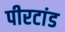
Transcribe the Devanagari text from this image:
पीरटांड